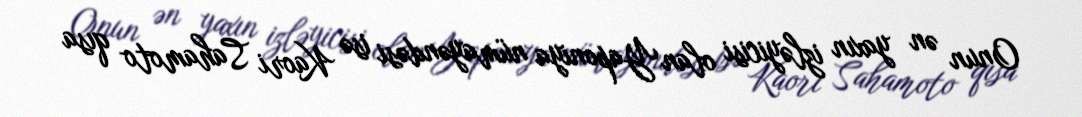
Onun ən yaxın izləyicisi olan Yaponiya nümayəndəsi isə Kaori Sahamoto qısa